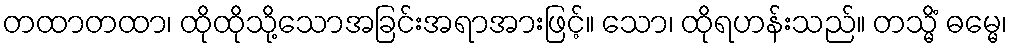
တထာတထာ၊ ထိုထိုသို့သောအခြင်းအရာအားဖြင့်။ သော၊ ထိုရဟန်းသည်။ တသ္မိံ ဓမ္မေ၊